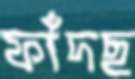
ফাঁদছ